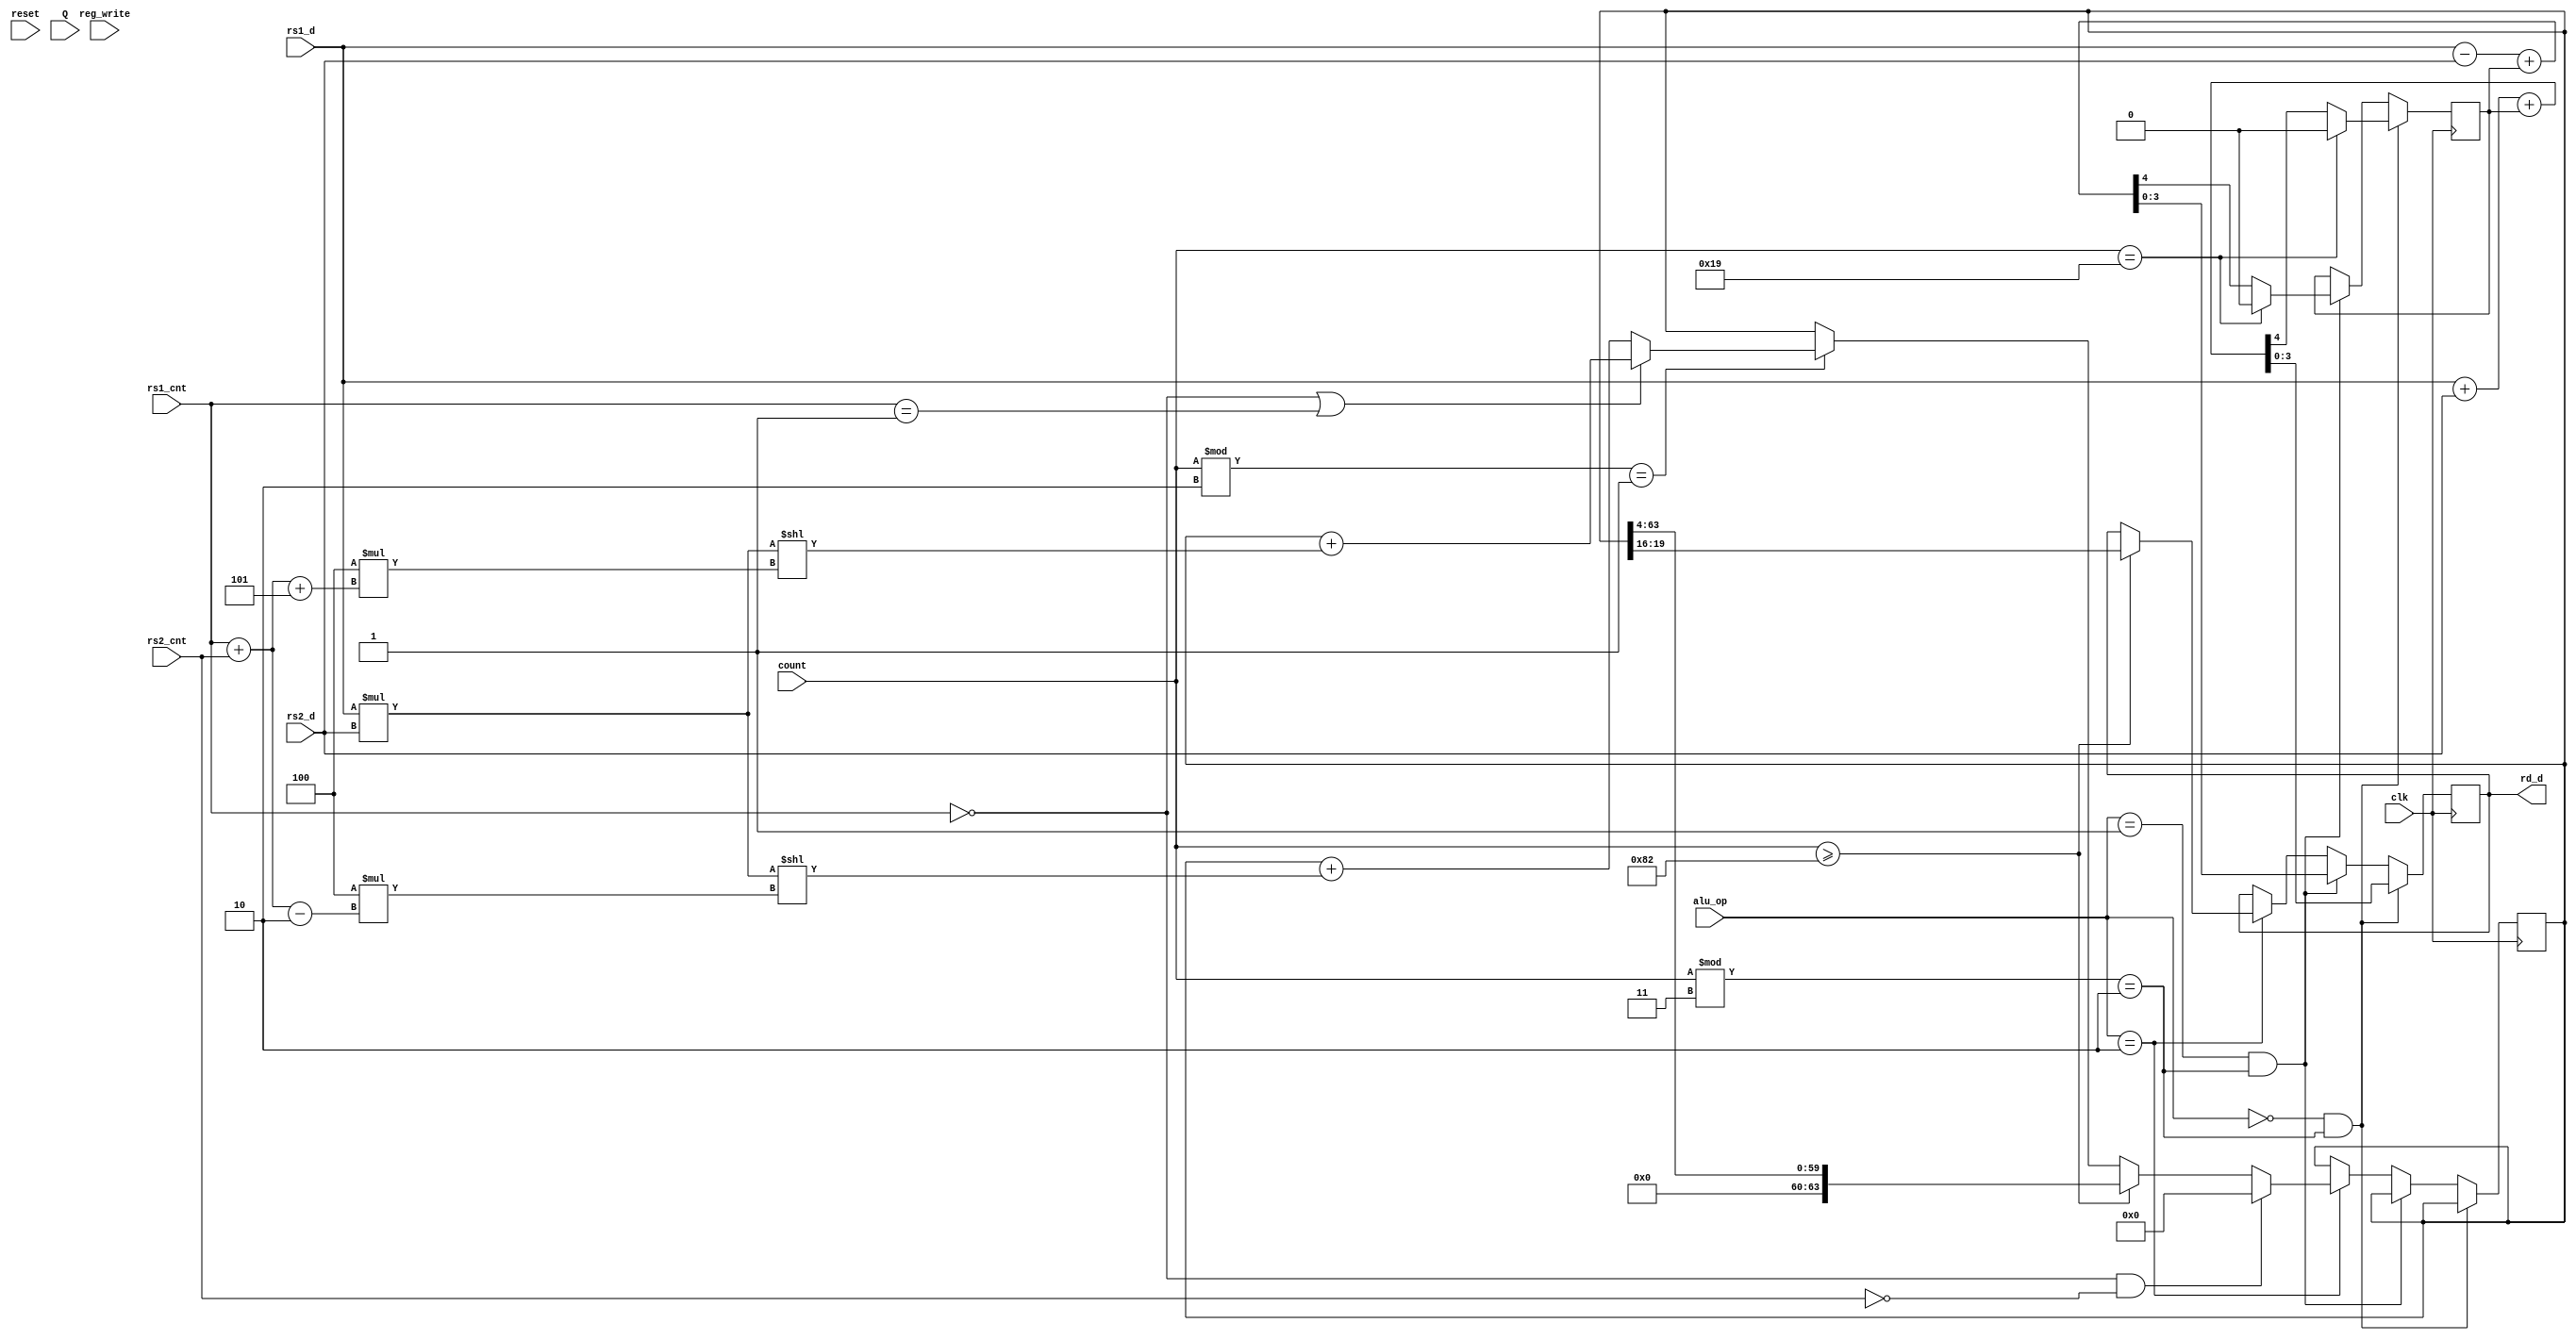
module BitSliced_ALU #(parameter LENGTH = 32, parameter Slice_Size = 4)
    (
        input clk,  
        input reset, 
        output reg [Slice_Size-1:0] rd_d,	//alu result will be written to rd (rd_d == rd data)  
        input[Slice_Size-1:0] rs1_d,  //data in from rs1
        input[Slice_Size-1:0] rs2_d, 	//data in from rs2
        input[3:0] alu_op,               //op code
        input[9:0] count,		       //signals sent to or from controller
        input reg_write,	         //signals sent to or from controller
        input[1:0] Q,
		input [31:0] rs1_cnt,
		input [31:0] rs2_cnt
        // LENGTH
    );
reg carry_borrow = 0;
reg [LENGTH * 2 - 1:0] acc_tmp = 0;
reg [2 * Slice_Size - 1 :0] mult_tmp = 0;


always @(posedge clk) //reg_write
begin
    if(alu_op == 0 && count % 3 == 2)
    begin
        {carry_borrow, rd_d} = rs1_d + rs2_d + carry_borrow;
        if(count == 3*(LENGTH/Slice_Size)+1)
        begin
            carry_borrow = 0;
        end
    end
    else if(alu_op == 1 && count % 3 == 2)
    begin
        {carry_borrow, rd_d} = rs1_d - rs2_d + carry_borrow;
        if(count == 3*(LENGTH/Slice_Size)+1)
        begin
            carry_borrow = 0;
        end
    end
    else if(alu_op == 2)
    begin
		if(count >= 2*(LENGTH/Slice_Size)*(LENGTH/Slice_Size)+2)
		begin
			rd_d = acc_tmp[LENGTH/2 + Slice_Size - 1 -: Slice_Size];
			acc_tmp = acc_tmp >> Slice_Size;
		end
		else
		begin
			if(count % 2 == 1)
			begin
				mult_tmp = (rs1_d * rs2_d);
				if(rs1_cnt == 0 || rs1_cnt == 1)
				begin
					acc_tmp = acc_tmp + (mult_tmp << (Slice_Size * ((rs1_cnt + rs2_cnt + (LENGTH/Slice_Size-3))))); //debug: removed +5
				end
				else
				begin
					acc_tmp = acc_tmp + (mult_tmp << (Slice_Size * ((rs1_cnt + rs2_cnt - 2)))); //debug: removed -2
				end
				
			end
		end
		if(rs1_cnt == 0 && rs2_cnt == 0)
		begin
			acc_tmp = 0;
		end
	end
end


endmodule